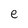
Character: e